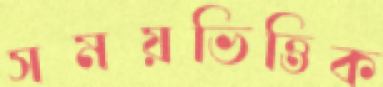
সময়ভিত্তিক